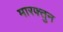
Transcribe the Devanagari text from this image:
मारफ्तुन